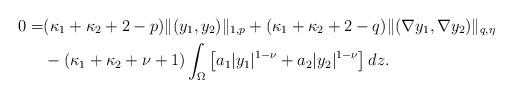
LaTeX: \begin{align*} 0 = &(\kappa_1 + \kappa_2 + 2 - p)\| (y_1, y_2) \|_{1,p} + (\kappa_1 + \kappa_2 + 2 - q)\| (\nabla {y_1}, \nabla y_2) \|_{q,\eta}\\ &- (\kappa_1 + \kappa_2 + \nu + 1)\int_{\Omega}\left[a_1\vert y_1 \vert^{1 - \nu} + a_2\vert y_2 \vert^{1 - \nu}\right]dz. \end{align*}